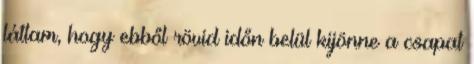
láttam, hogy ebből rövid időn belül kijönne a csapat